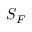
S _ { F }